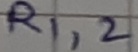
Text: R1,2